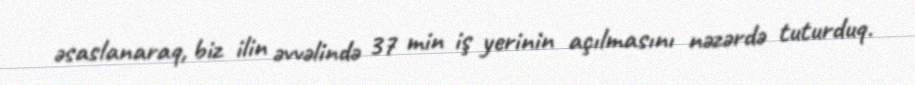
əsaslanaraq, biz ilin əvvəlində 37 min iş yerinin açılmasını nəzərdə tuturduq.